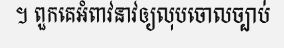
។ ពួកគេអំពាវនាវឲ្យលុបចោលច្បាប់